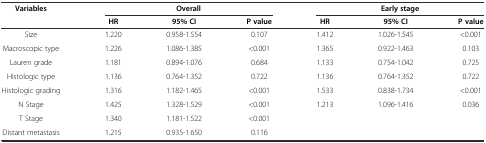
| Variables | <COLSPAN=3> Overall | <COLSPAN=3> Early stage |
 |  | HR | 95% CI | P value | HR | 95% CI | P value |
 | --- | --- | --- | --- | --- | --- | --- |
 | Size | 1.220 | 0.958-1.554 | 0.107 | 1.412 | 1.026-1.545 | <0.001 |
 | Macroscopic type | 1.226 | 1.086-1.385 | <0.001 | 1.365 | 0.922-1.463 | 0.103 |
 | Lauren grade | 1.181 | 0.894-1.076 | 0.684 | 1.133 | 0.754-1.042 | 0.725 |
 | Histologic type | 1.136 | 0.764-1.352 | 0.722 | 1.136 | 0.764-1.352 | 0.722 |
 | Histologic grading | 1.316 | 1.182-1.465 | <0.001 | 1.533 | 0.838-1.734 | <0.001 |
 | N Stage | 1.425 | 1.328-1.529 | <0.001 | 1.213 | 1.096-1.416 | 0.036 |
 | T Stage | 1.340 | 1.181-1.522 | <0.001 |  |  |  |
 | Distant metastasis | 1.215 | 0.935-1.650 | 0.116 |  |  |  |